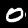
Label: 0